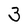
Character: 3